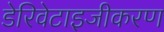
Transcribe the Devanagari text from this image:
डेरिवेटाइजीकरण